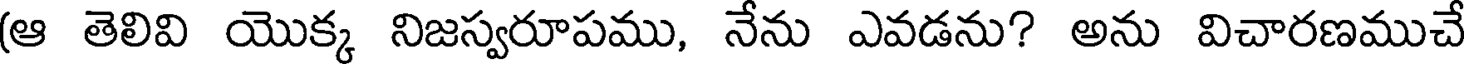
(ఆ తెలివి యొక్క నిజస్వరూపము, నేను ఎవడను? అను విచారణముచే